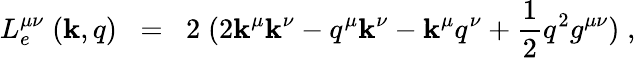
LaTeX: L_{e}^{\mu\nu}\; (\mathbf{k},q)\; \; =\; \; 2\; (2\mathbf{k}^{\mu}\mathbf{k}^{\nu}-q^{\mu}\mathbf{k}^{\nu}-\mathbf{k}^{\mu}q^{\nu}+\frac{{1}}{{2}}q^{2}g^{\mu\nu})\; ,